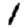
Digit: 1